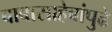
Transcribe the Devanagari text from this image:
बाबासाहेबांपुढे